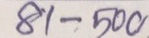
81 - 500